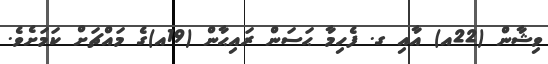
ވިޝާން (22އ) އާއި ގ. ފެހިމާ ޙަސަން ރައިޙާން (19އ)ގެ މައްޗަށް ކަމަށެެވެ.